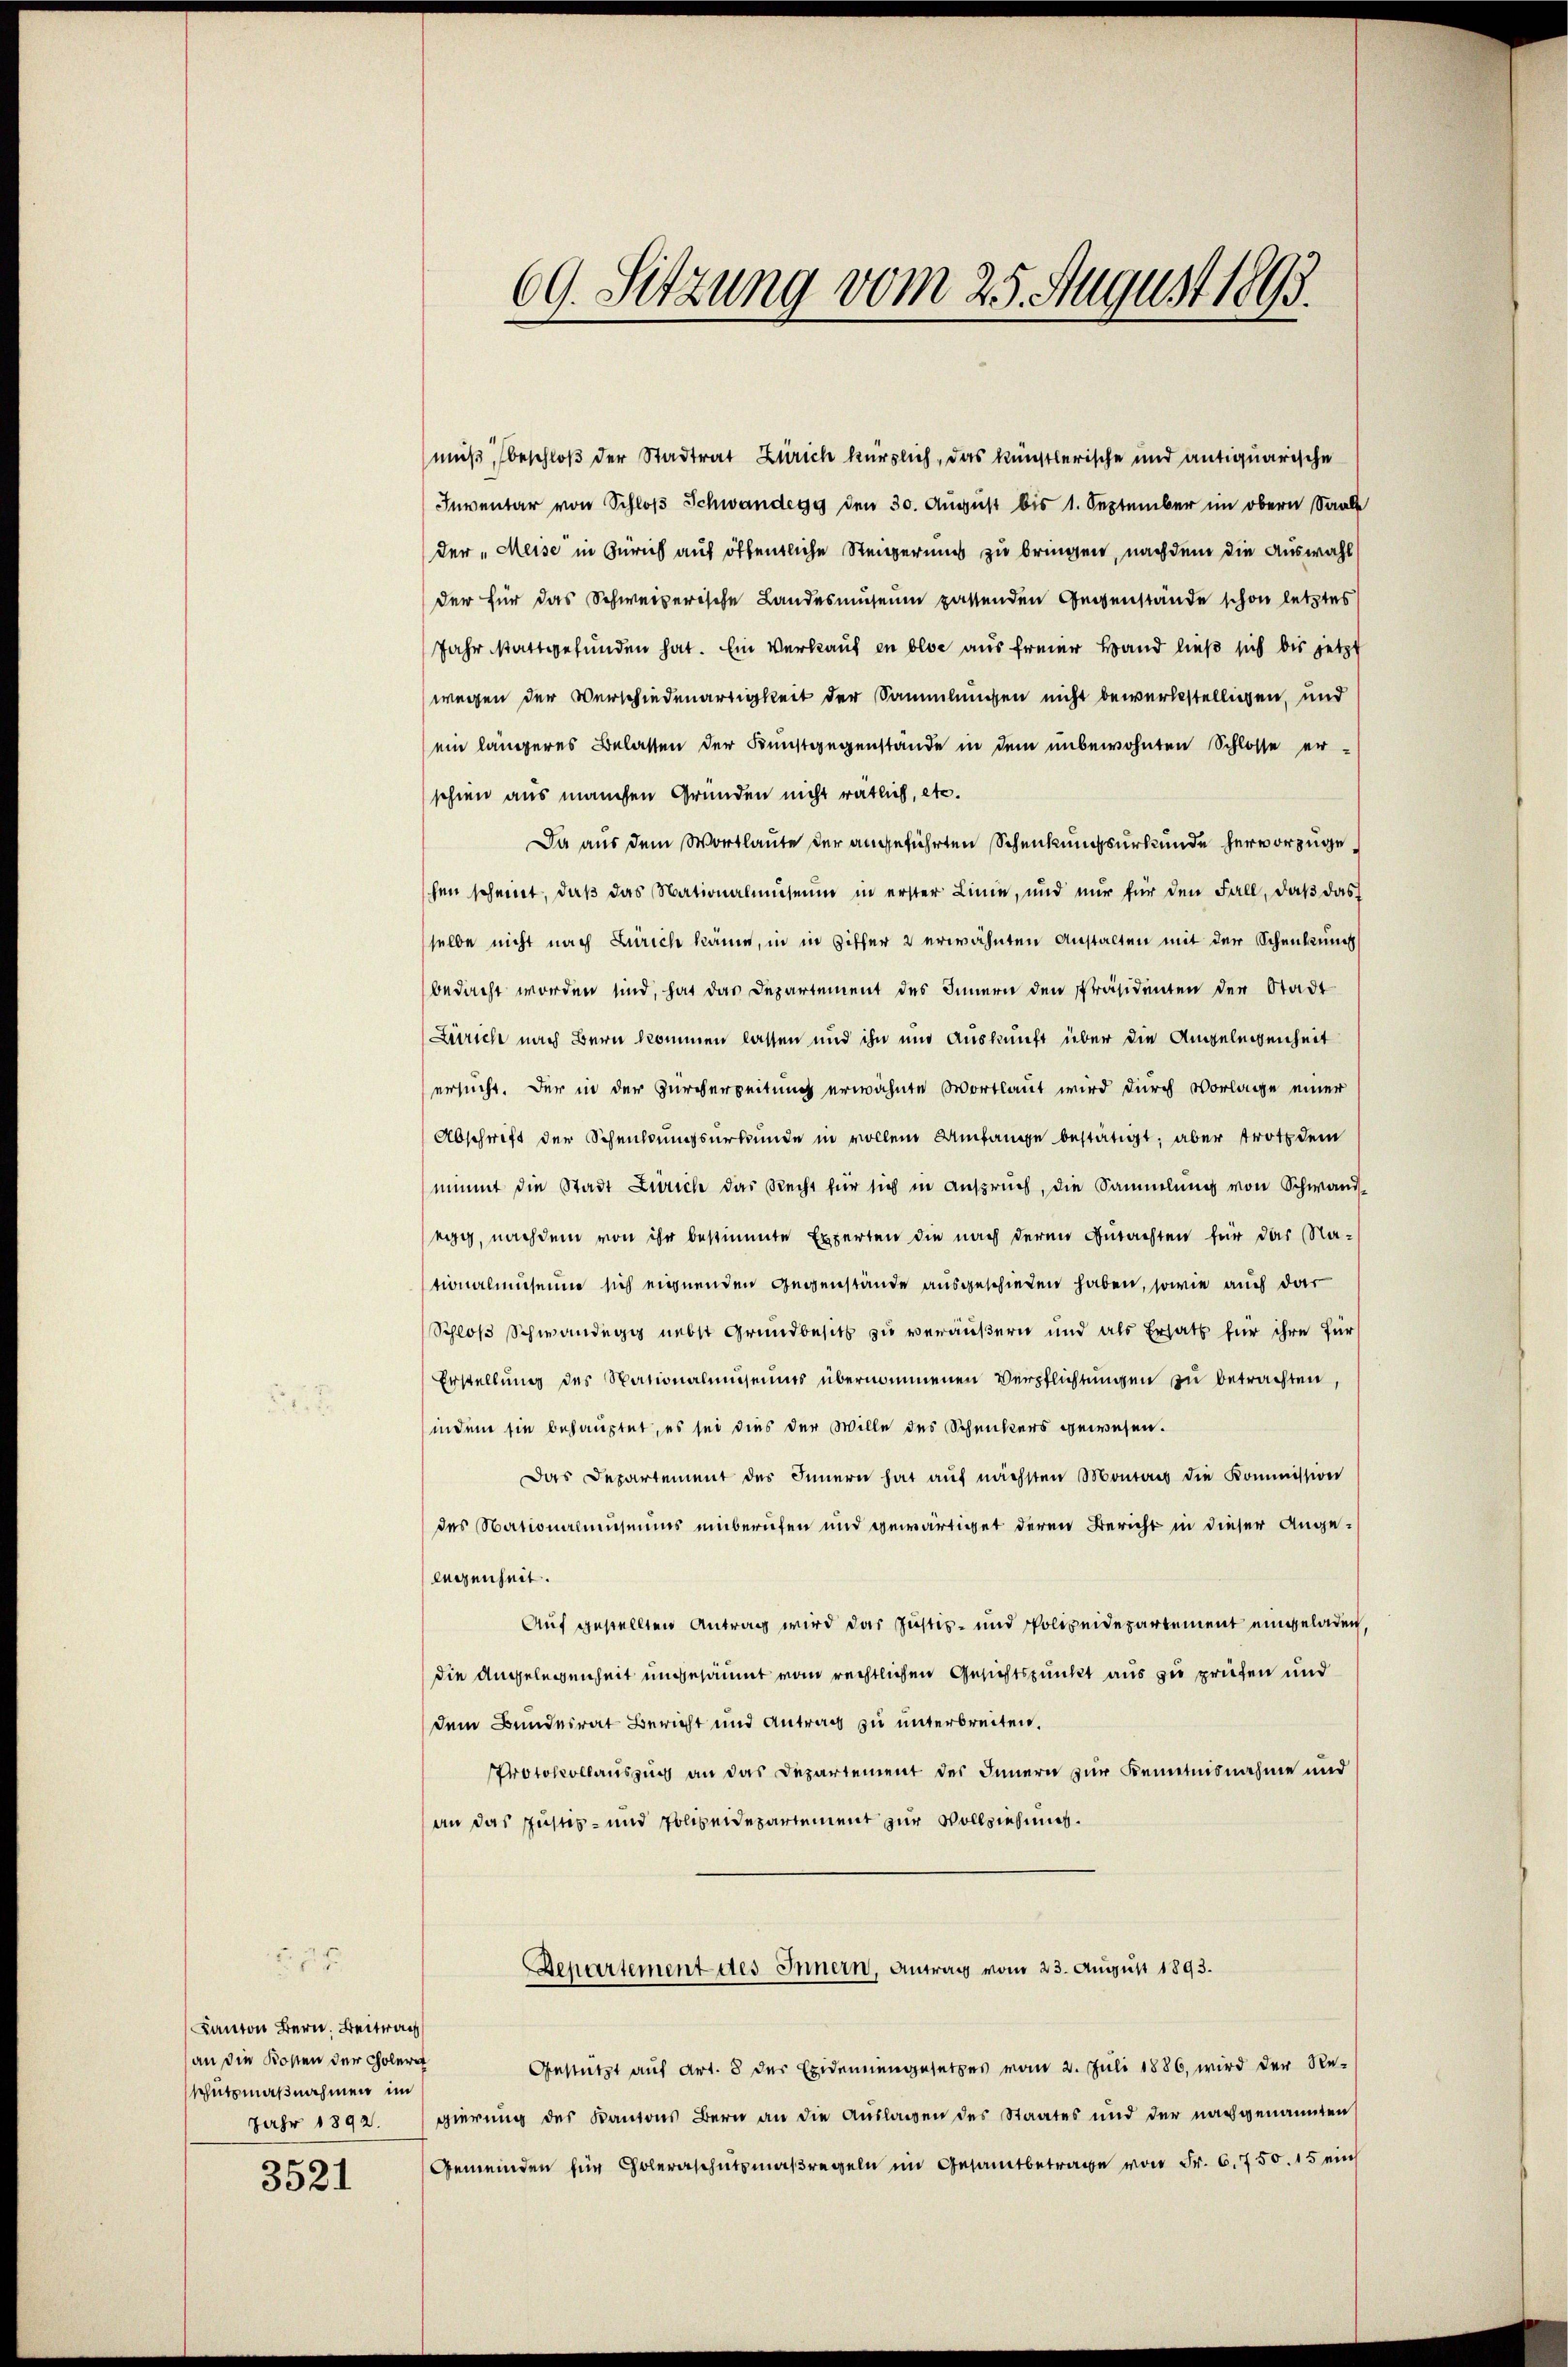
Kanton Bern. Beitra
an die Kosten der Cholera
Schutzmaßnahmen im

3521

69. Sitzung vom 25. August 1895.

muß, beschloß der Stadtrat Zürich kürzlich, das künstlerische und antiquarische
Inventar von Schloß Schwandegg den 30. August bis 1. September im obern Saale
der „Meise in Zürich auf öffentliche Steigerung zu bringen, nachdem die Auswahl
der für das Schweizerische Landesmuseum passenden Gegenstände schon letztes
Jahr stattgefunden hat. Ein Verkauf in blos aus freier Band ließ sich bis jetzt
wegen der Verschiedenartigkeit der Sammlungen nicht bewerkstelligen, und
ein längeres Belassen der Kunstgegenstände in dem unbewohnten Schlosse er-
schien aus manchen Gründen nicht ratlich, etc.
Da aus dem Wortlaute der angeführten Schenkungsurkunde hervorzuge
schen scheint, daβ das Nationalmuseum in erster Linie, und nur für den Fall, daß das
selbe nicht nach Zürich käme, in in Ziffer 2 erwähnten Anstalten mit der Schenkung
bedacht worden sind, hat das Departement des Innern den Präsidenten der Stadt
Zürich nach Bern kommen lassen und ihn und Auskunft über die Angelegenheit
ersucht. Der in der Zurverzeitung erwähnte Wortlaut wird durch Vorlage einer
Abschrift der Scheidungsurkunde in vollem Umfange bestätigt; aber trotz dem
nimmt die Stadt Zürich das Recht für sich in Anspruch, die Sammlung von Schwand-
egg, nachdem von ihr bestimmte Experten die nach deren Gutachten für das Na-
tionalmuseum sich eignenden Gegenstände ausgeschieden haben, sowie auch dar
Schloß Schwandegg nebst Grundbesitz zu veräußern und als Ersatz für ihre für
Erstellŭng des Stationalmuseums übernommenen Verpflichtŭngen zu betrachten,
indem sie behauptet, es sei dies der Wille des Schenkers gewesen.
Das Departement des Innern hat aŭf nächsten Montags die Kommission
des Nationalmuseums einberufen und gewärtiget deren Bericht in dieser Angelegenheit.
Auf gestellten Antrag wird das Justiz- und Polizeidepartement eingeladen,
die Angelegenheit ungesäumt vom rechtlichen Gesichtspunkt aus zu prüfen und
dem Bundesrat Bericht und Antrag zu unterbreiten.
PProtokollauszug an das Departement des Innern zur Kenntnisnahme und
an das Justiz- und Polizeidepartement zur Vollziehung.
Departement des Innern, Antrag vom 23. August 1893.
Gestützt auf Art. 8 der Exidemiengesetzes vom 2. Juli 1886, wird der Re-
Jahr 1892. gierung des Kantons Bern an die Auslagen des Staates und der nachgenannten
Gemeinden für Choleraschutzmaßregeln im Gesamtbetrage von Fr. 6. 750. 15 mi